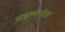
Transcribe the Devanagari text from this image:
अडल्यानंतर